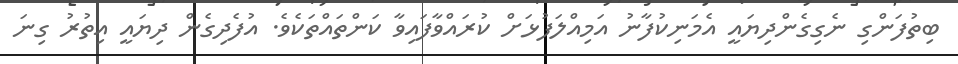
ބިތުފަންގި ނެގިގެންދިޔައީ އެމަނިކުފާނު އަމިއްލަފުޅަށް ކުރައްވާފައިވާ ކަންތައްތަކެވެ. އުފެދިގެން ދިޔައީ އިތުރު ގިނަ